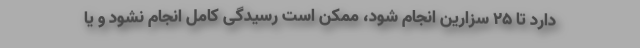
دارد تا ۲۵ سزارین انجام شود، ممکن است رسیدگی کامل انجام نشود و یا